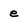
Character: e